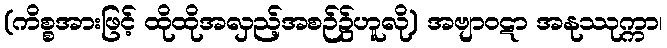
(ကိစ္စအားဖြင့် ထိုထိုအလှည့်အစဉ်၌ဟူလို) အဗျာဝဋာ အနုဿုက္ကာ၊